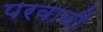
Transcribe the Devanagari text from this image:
परवानी